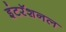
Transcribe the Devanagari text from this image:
इंटरॅशनल